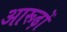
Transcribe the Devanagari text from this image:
आरूढ़ों